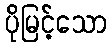
ပိုမြင့်သော